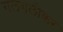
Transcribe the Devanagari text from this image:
गलगलीकर